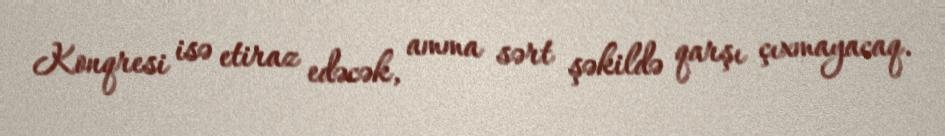
Konqresi isə etiraz edəcək, amma sərt şəkildə qarşı çıxmayacaq.